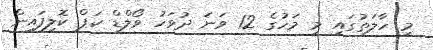
މި ހާލަތުގައި މި މަހުގެ 12 ވަނަ ދުވަހު ވޯލްޑް ކަޕް ކޮލިފައިން